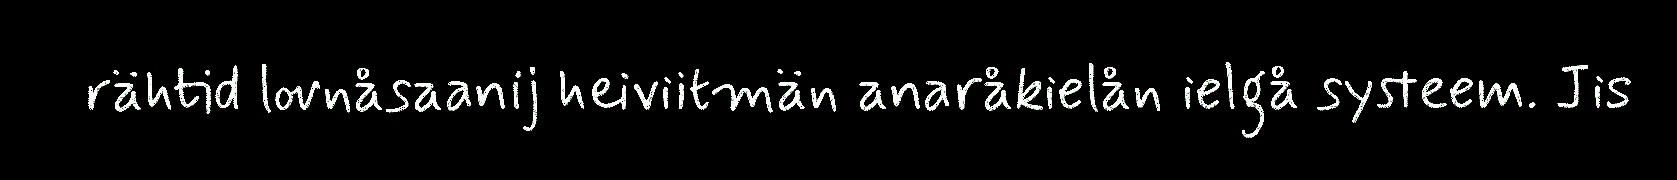
rähtid lovnåsaanij heiviitmän anaråkielån ielgå systeem. Jis